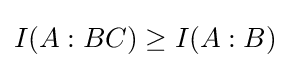
I(A:BC)\geq I(A:B)